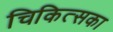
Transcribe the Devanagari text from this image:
चिकित्सका